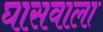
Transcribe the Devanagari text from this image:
घासवाला